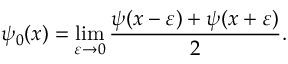
\psi _ { 0 } ( x ) = \operatorname* { l i m } _ { \varepsilon \rightarrow 0 } { \frac { \psi ( x - \varepsilon ) + \psi ( x + \varepsilon ) } { 2 } } .